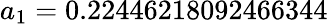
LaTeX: a_{1}=0.22446218092466344